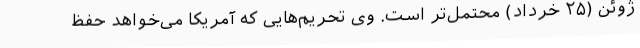
ژوئن (۲۵ خرداد) محتمل‌تر است. وی تحریم‌هایی که آمریکا می‌خواهد حفظ